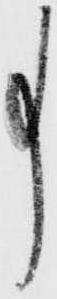
事